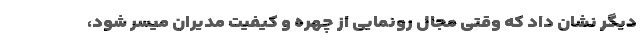
دیگر نشان داد که وقتی مجال رونمایی از چهره و کیفیت مدیران میسر شود،